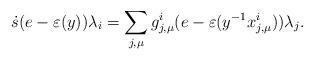
LaTeX: \begin{align*}\dot{s}(e-\varepsilon(y))\lambda_i= \sum_{j,\mu} g^i_{j,\mu}(e-\varepsilon(y^{-1}x^i_{j,\mu}))\lambda_j.\end{align*}